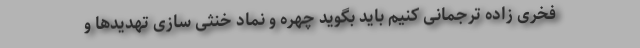
فخری زاده ترجمانی کنیم باید بگوید چهره و نماد خنثی سازی تهدید‌ها و